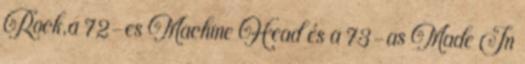
Rock,a 72-es Machine Head és a 73-as Made In